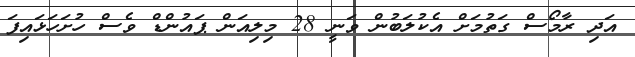
އަދި ރާމޯސް ގަތުމަށް އެކުލަބުން ވަނީ 28 މިލިއަން ޕައުންޑް ވެސް ހުށަހަޅައިފަ